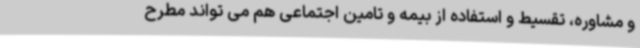
و مشاوره، تقسیط و استفاده از بیمه و تامین اجتماعی هم می تواند مطرح